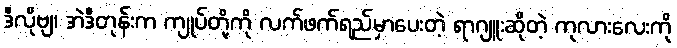
ဒီလိုဗျ၊ အဲဒီတုန်းက ကျုပ်တို့ကို လက်ဖက်ရည်မှာပေးတဲ့ ရာဂျူးဆိုတဲ့ ကုလားလေးကို